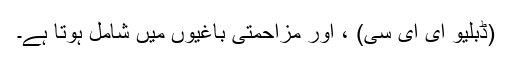
(ڈبلیو ای ای سی) ، اور مزاحمتی باغیوں میں شامل ہوتا ہے۔